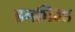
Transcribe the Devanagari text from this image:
इन्क्रीज्ड